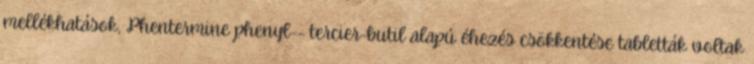
mellékhatások, Phentermine phenyl-- tercier-butil alapú éhezés csökkentése tabletták voltak